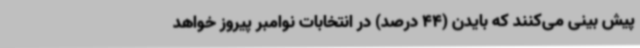
پیش بینی می‌کنند که بایدن (44 درصد) در انتخابات نوامبر پیروز خواهد